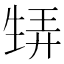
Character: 𤯨